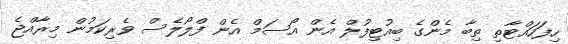
ހިފަހައްޓާތި ތިބާ މެންގެ ބިއުޓިފުލް އެން އޯސަމް އެން ފްލޯލެސް ވެރިކަމުން މިރާއްޖެ